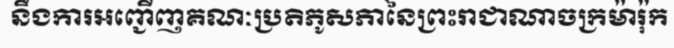
នឹងការអញ្ជើញគណៈប្រតិភូសភានៃព្រះរាជាណាចក្រម៉ារ៉ុក